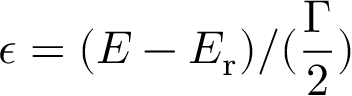
\epsilon = ( E - E _ { \mathrm { r } } ) / ( \frac { \Gamma } { 2 } )